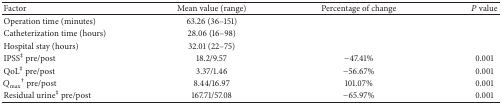
<table><thead><tr><td><b>Factor </b></td><td><b>Mean value (range) </b></td><td><b>Percentage of change </b></td><td><b><i>P</i> value</b></td></tr></thead><tbody><tr><td>Operation time (minutes)</td><td>63.26 (36–151)</td><td>[EMPTY_CELL]</td><td>[EMPTY_CELL]</td></tr><tr><td>Catheterization time (hours) </td><td>28.06 (16–98)</td><td>[EMPTY_CELL]</td><td>[EMPTY_CELL]</td></tr><tr><td>Hospital stay (hours) </td><td>32.01 (22–75)</td><td>[EMPTY_CELL]</td><td>[EMPTY_CELL]</td></tr><tr><td>IPSS<sup>‡</sup> pre/post </td><td>18.2/9.57</td><td>−47.41%</td><td>0.001</td></tr><tr><td>QoL<sup>‡</sup> pre/post </td><td>3.37/1.46</td><td>−56.67%</td><td>0.001</td></tr><tr><td><i>Q</i><sub>max⁡</sub><sup>†</sup> pre/post </td><td>8.44/16.97</td><td>101.07%</td><td>0.001</td></tr><tr><td>Residual urine<sup>‡</sup> pre/post </td><td>167.71/57.08</td><td>−65.97%</td><td>0.001</td></tr></tbody></table>